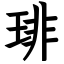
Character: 琲